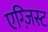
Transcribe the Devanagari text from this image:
एग्ज़िस्ट